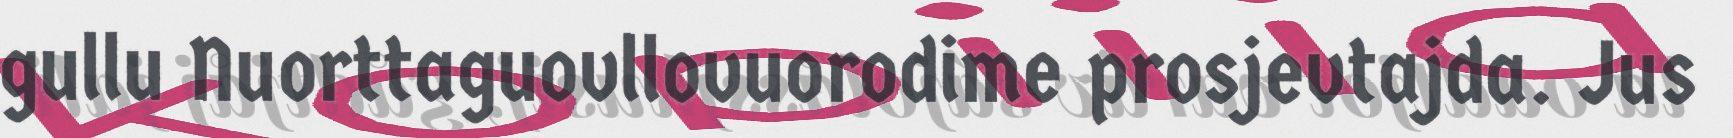
gullu Nuorttaguovllovuorodime prosjevtajda. Jus